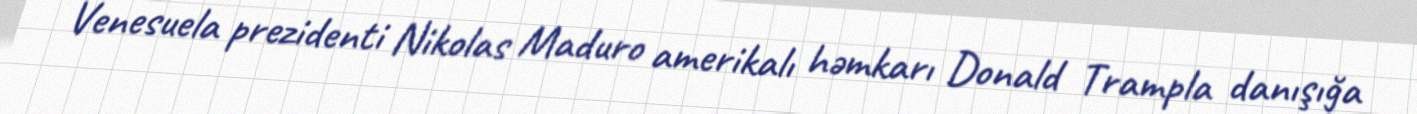
Venesuela prezidenti Nikolas Maduro amerikalı həmkarı Donald Trampla danışığa